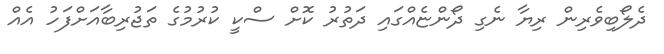
ދެލޯބިވެރިން ރިޔާ ނެގި ދޯންޏެއްގައި ދަތުރު ކޮށް ސްކީ ކުރުމުގެ ތަޖުރިބާއަށްފަހު އެއް